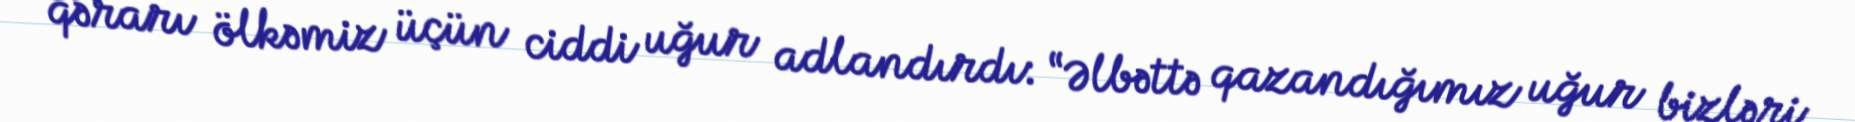
qərarı ölkəmiz üçün ciddi uğur adlandırdı: “Əlbəttə qazandığımız uğur bizləri